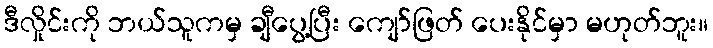
ဒီလှိုင်းကို ဘယ်သူကမှ ချီပွေ့ပြီး ကျော်ဖြတ် ပေးနိုင်မှာ မဟုတ်ဘူး။